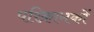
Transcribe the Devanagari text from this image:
परिक्रामकों